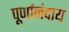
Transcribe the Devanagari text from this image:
पूर्णानंदाय